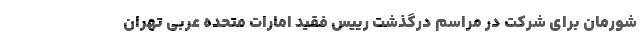
شورمان برای شرکت در مراسم درگذشت رییس فقید امارات متحده عربی تهران